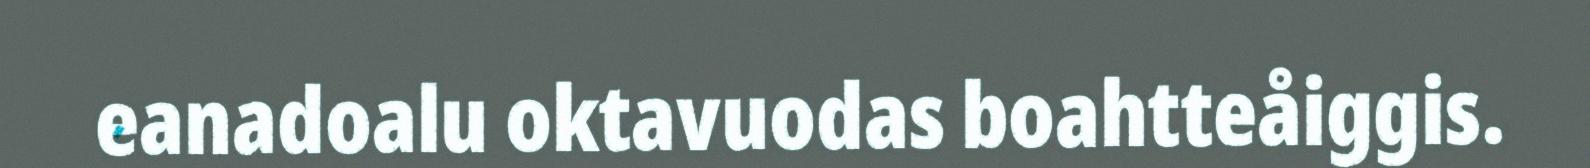
eanadoalu oktavuodas boahtteåiggis.